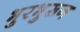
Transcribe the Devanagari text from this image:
भुरभुरून